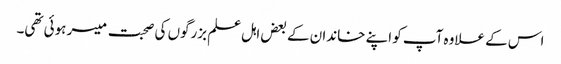
اس کے علاوہ آپ کو اپنے خاندان کے بعض اہل علم بزرگوں کی صحبت میسر ہوئی تھی۔